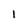
Character: I